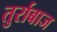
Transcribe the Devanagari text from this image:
तुर्राबाज